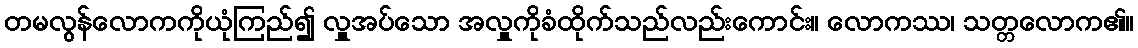
တမလွန်လောကကိုယုံကြည်၍ လှူအပ်သော အလှူကိုခံထိုက်သည်လည်းကောင်း။ လောကဿ၊ သတ္တလောက၏။